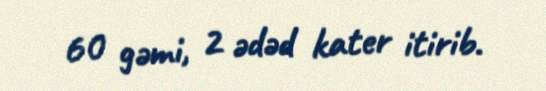
60 gəmi, 2 ədəd kater itirib.